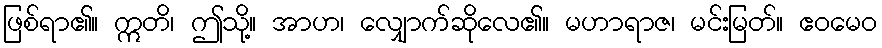
ဖြစ်ရာ၏။ ဣတိ၊ ဤသို့။ အာဟ၊ လျှောက်ဆိုလေ၏။ မဟာရာဇ၊ မင်းမြတ်။ ဧဝမေဝ